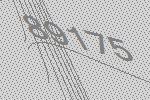
89175